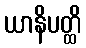
ယာနိပတ္ထိ